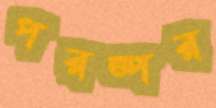
পরষ্পর